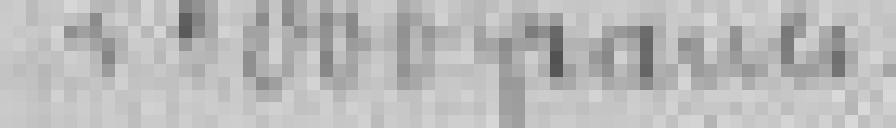
25.000 francs.